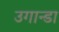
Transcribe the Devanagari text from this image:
उगान्डा